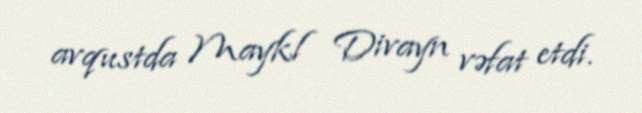
avqustda Maykl Divayn vəfat etdi.